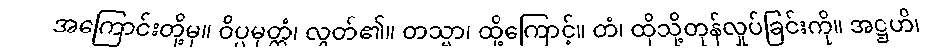
အကြောင်းတို့မှ။ ဝိပ္ပမုတ္တံ၊ လွတ်၏။ တသ္မာ၊ ထို့ကြောင့်။ တံ၊ ထိုသို့တုန်လှုပ်ခြင်းကို။ အဋ္ဌဟိ၊